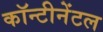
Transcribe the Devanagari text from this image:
कॉन्टीनेंटल